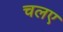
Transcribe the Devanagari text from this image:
चलए